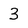
Character: 3